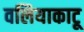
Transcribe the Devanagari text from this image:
वलियाकाटू